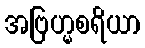
အဗြဟ္မစရိယာ